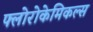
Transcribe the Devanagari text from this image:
फ्लोरोकेमिकल्स